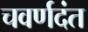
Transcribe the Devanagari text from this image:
चवर्णदंत